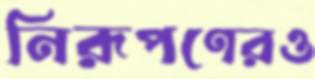
নিরূপণেরও